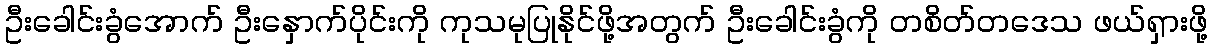
ဦးခေါင်းခွံအောက် ဦးနှောက်ပိုင်းကို ကုသမုပြုနိုင်ဖို့အတွက် ဦးခေါင်းခွံကို တစိတ်တဒေသ ဖယ်ရှားဖို့